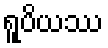
ရူပိယဿ